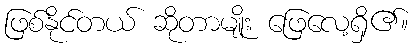
ဖြစ်နိုင်တယ် ဆိုတာမျိုး ဖြေလေ့ရှိ၏။